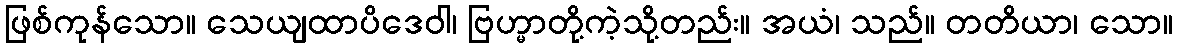
ဖြစ်ကုန်သော။ သေယျထာပိဒေဝါ၊ ဗြဟ္မာတို့ကဲ့သို့တည်း။ အယံ၊ သည်။ တတိယာ၊ သော။